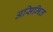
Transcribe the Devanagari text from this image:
असिमित